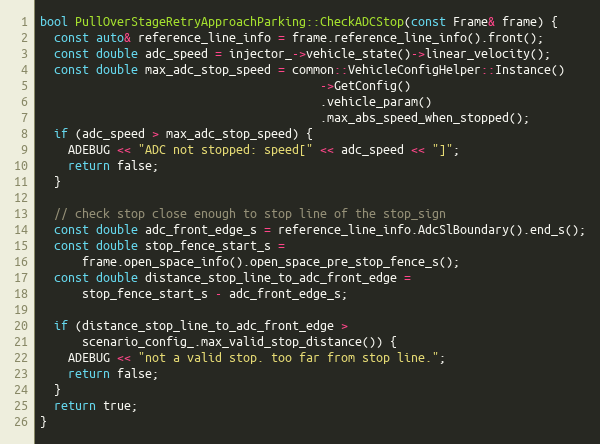
Language: C++
bool PullOverStageRetryApproachParking::CheckADCStop(const Frame& frame) {
  const auto& reference_line_info = frame.reference_line_info().front();
  const double adc_speed = injector_->vehicle_state()->linear_velocity();
  const double max_adc_stop_speed = common::VehicleConfigHelper::Instance()
                                        ->GetConfig()
                                        .vehicle_param()
                                        .max_abs_speed_when_stopped();
  if (adc_speed > max_adc_stop_speed) {
    ADEBUG << "ADC not stopped: speed[" << adc_speed << "]";
    return false;
  }

  // check stop close enough to stop line of the stop_sign
  const double adc_front_edge_s = reference_line_info.AdcSlBoundary().end_s();
  const double stop_fence_start_s =
      frame.open_space_info().open_space_pre_stop_fence_s();
  const double distance_stop_line_to_adc_front_edge =
      stop_fence_start_s - adc_front_edge_s;

  if (distance_stop_line_to_adc_front_edge >
      scenario_config_.max_valid_stop_distance()) {
    ADEBUG << "not a valid stop. too far from stop line.";
    return false;
  }
  return true;
}